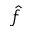
\hat { f }